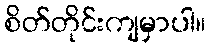
စိတ်တိုင်းကျမှာပါ။